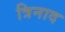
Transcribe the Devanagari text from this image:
त्रिनाद